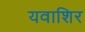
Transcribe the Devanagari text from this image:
यवाशिर